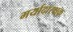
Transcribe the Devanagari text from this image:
मर्यादारक्षक